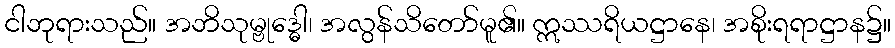
ငါဘုရားသည်။ အဘိသုမ္ဗုဒ္ဓေါ၊ အလွန်သိတော်မူ၏။ ဣဿရိယဋ္ဌာနေ၊ အစိုးရရာဋ္ဌာန၌။